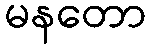
မနတော